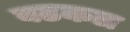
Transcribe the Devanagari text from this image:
बढकल